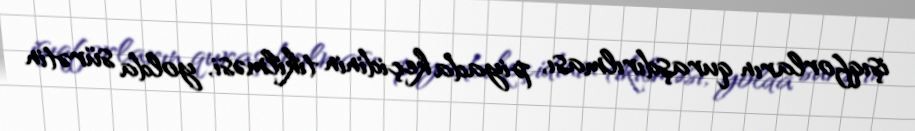
işıqforların quraşdırılması, piyada keçidinin tikilməsi, yolda sürətin